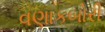
વણાકબોરી